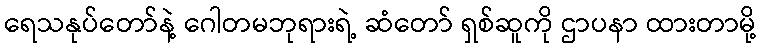
ရေသနုပ်တော်နဲ့ ဂေါတမဘုရားရဲ့ ဆံတော် ရှစ်ဆူကို ဌာပနာ ထားတာမို့